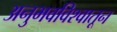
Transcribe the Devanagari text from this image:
अनुभवविश्वातून